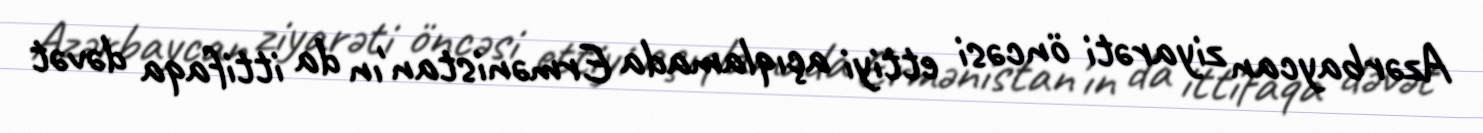
Azərbaycan ziyarəti öncəsi ettiyi açıqlamada Ermənistan'ın da ittifaqa dəvət